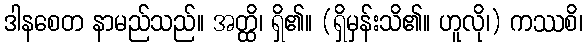
ဒါနစေတ နာမည်သည်။ အတ္ထိ၊ ရှိ၏။ (ရှိမှန်းသိ၏။ ဟူလို၊) ကဿစိ၊